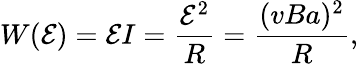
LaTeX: W(\mathcal E)=\mathcal EI=\frac{\mathcal E^{2}}{R}=\frac{(vBa)^{2}}{R},